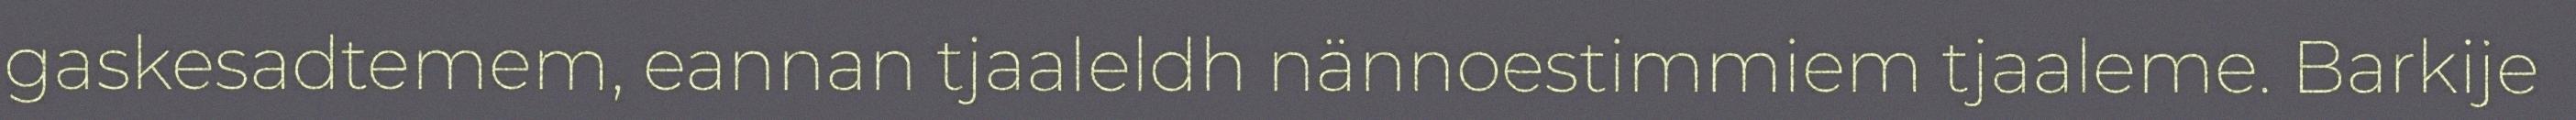
gaskesadtemem, eannan tjaaleldh nännoestimmiem tjaaleme. Barkije